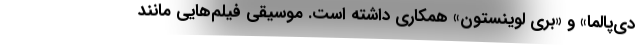
دی‌پالما» و «بری لوینستون» همکاری داشته است. موسیقی فیلم‌هایی مانند